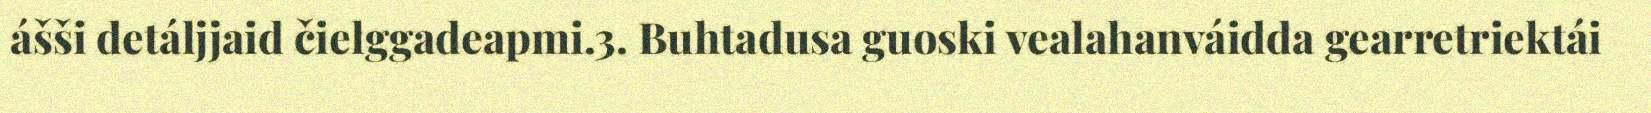
ášši detáljjaid čielggadeapmi.3. Buhtadusa guoski vealahanváidda gearretriektái